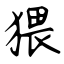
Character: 猥